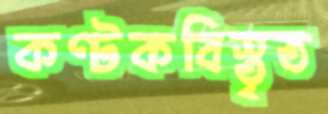
কণ্টকবিস্তৃত